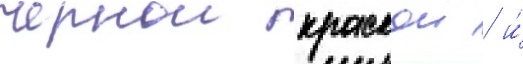
чернои краскои / и́